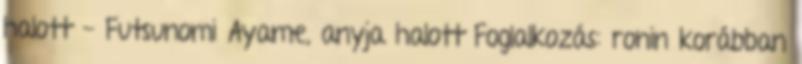
halott - Futsunomi Ayame, anyja halott Foglalkozás: ronin korábban